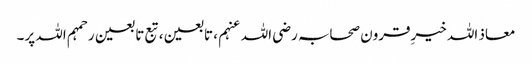
معاذ اللہ خیرِقرون صحابہ رضی اللہ عنہم ، تابعین ، تبع تا بعین رحمہم اللہ پر۔